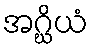
အဂ္ဃိယံ